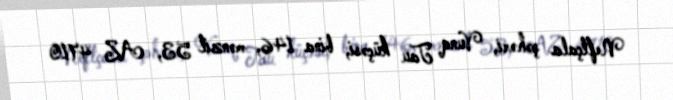
Neftçala şəhəri, Vunq Tau küçəsi, bina 146, mənzil 53, AZ 4710